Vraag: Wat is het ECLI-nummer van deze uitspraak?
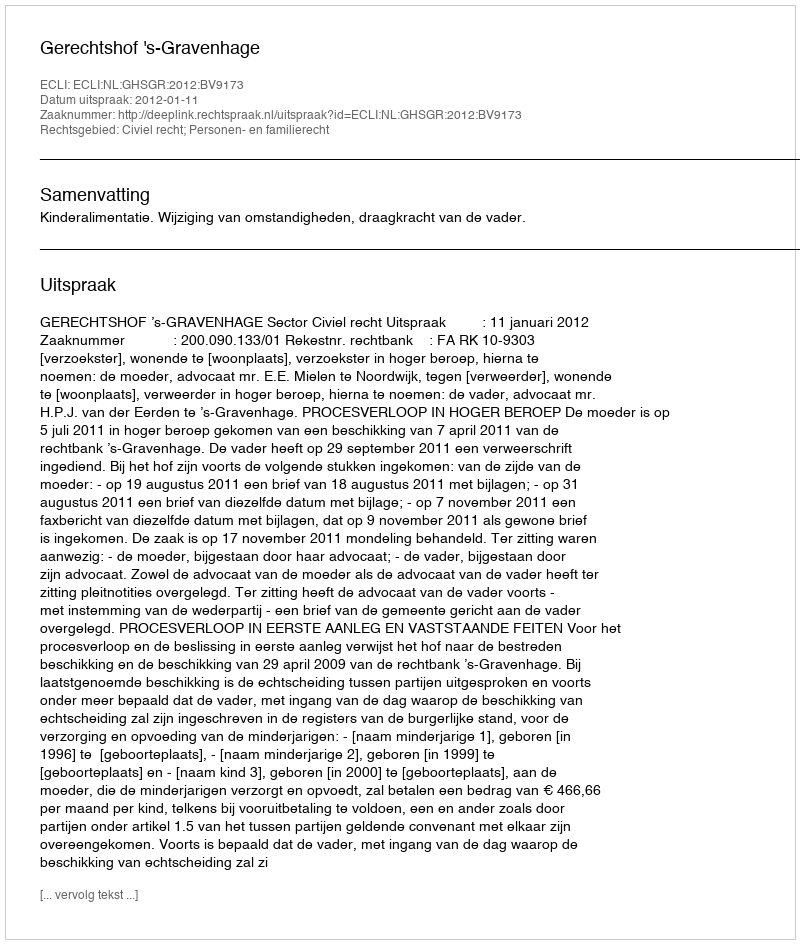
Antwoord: ECLI:NL:GHSGR:2012:BV9173